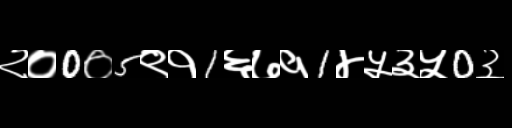
Text: २०0०5९१1६७१1४५३५0३